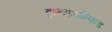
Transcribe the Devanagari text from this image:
ट्रान्सअल्पिना